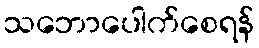
သဘောပေါက်စေရန်